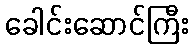
ခေါင်းဆောင်ကြီး